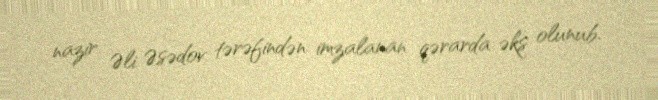
nazir Əli Əsədov tərəfindən imzalanan qərarda əks olunub.